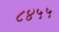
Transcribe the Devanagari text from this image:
८४५५